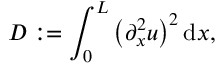
D : = \int _ { 0 } ^ { L } \left( \partial _ { x } ^ { 2 } u \right) ^ { 2 } \mathrm { d } x ,